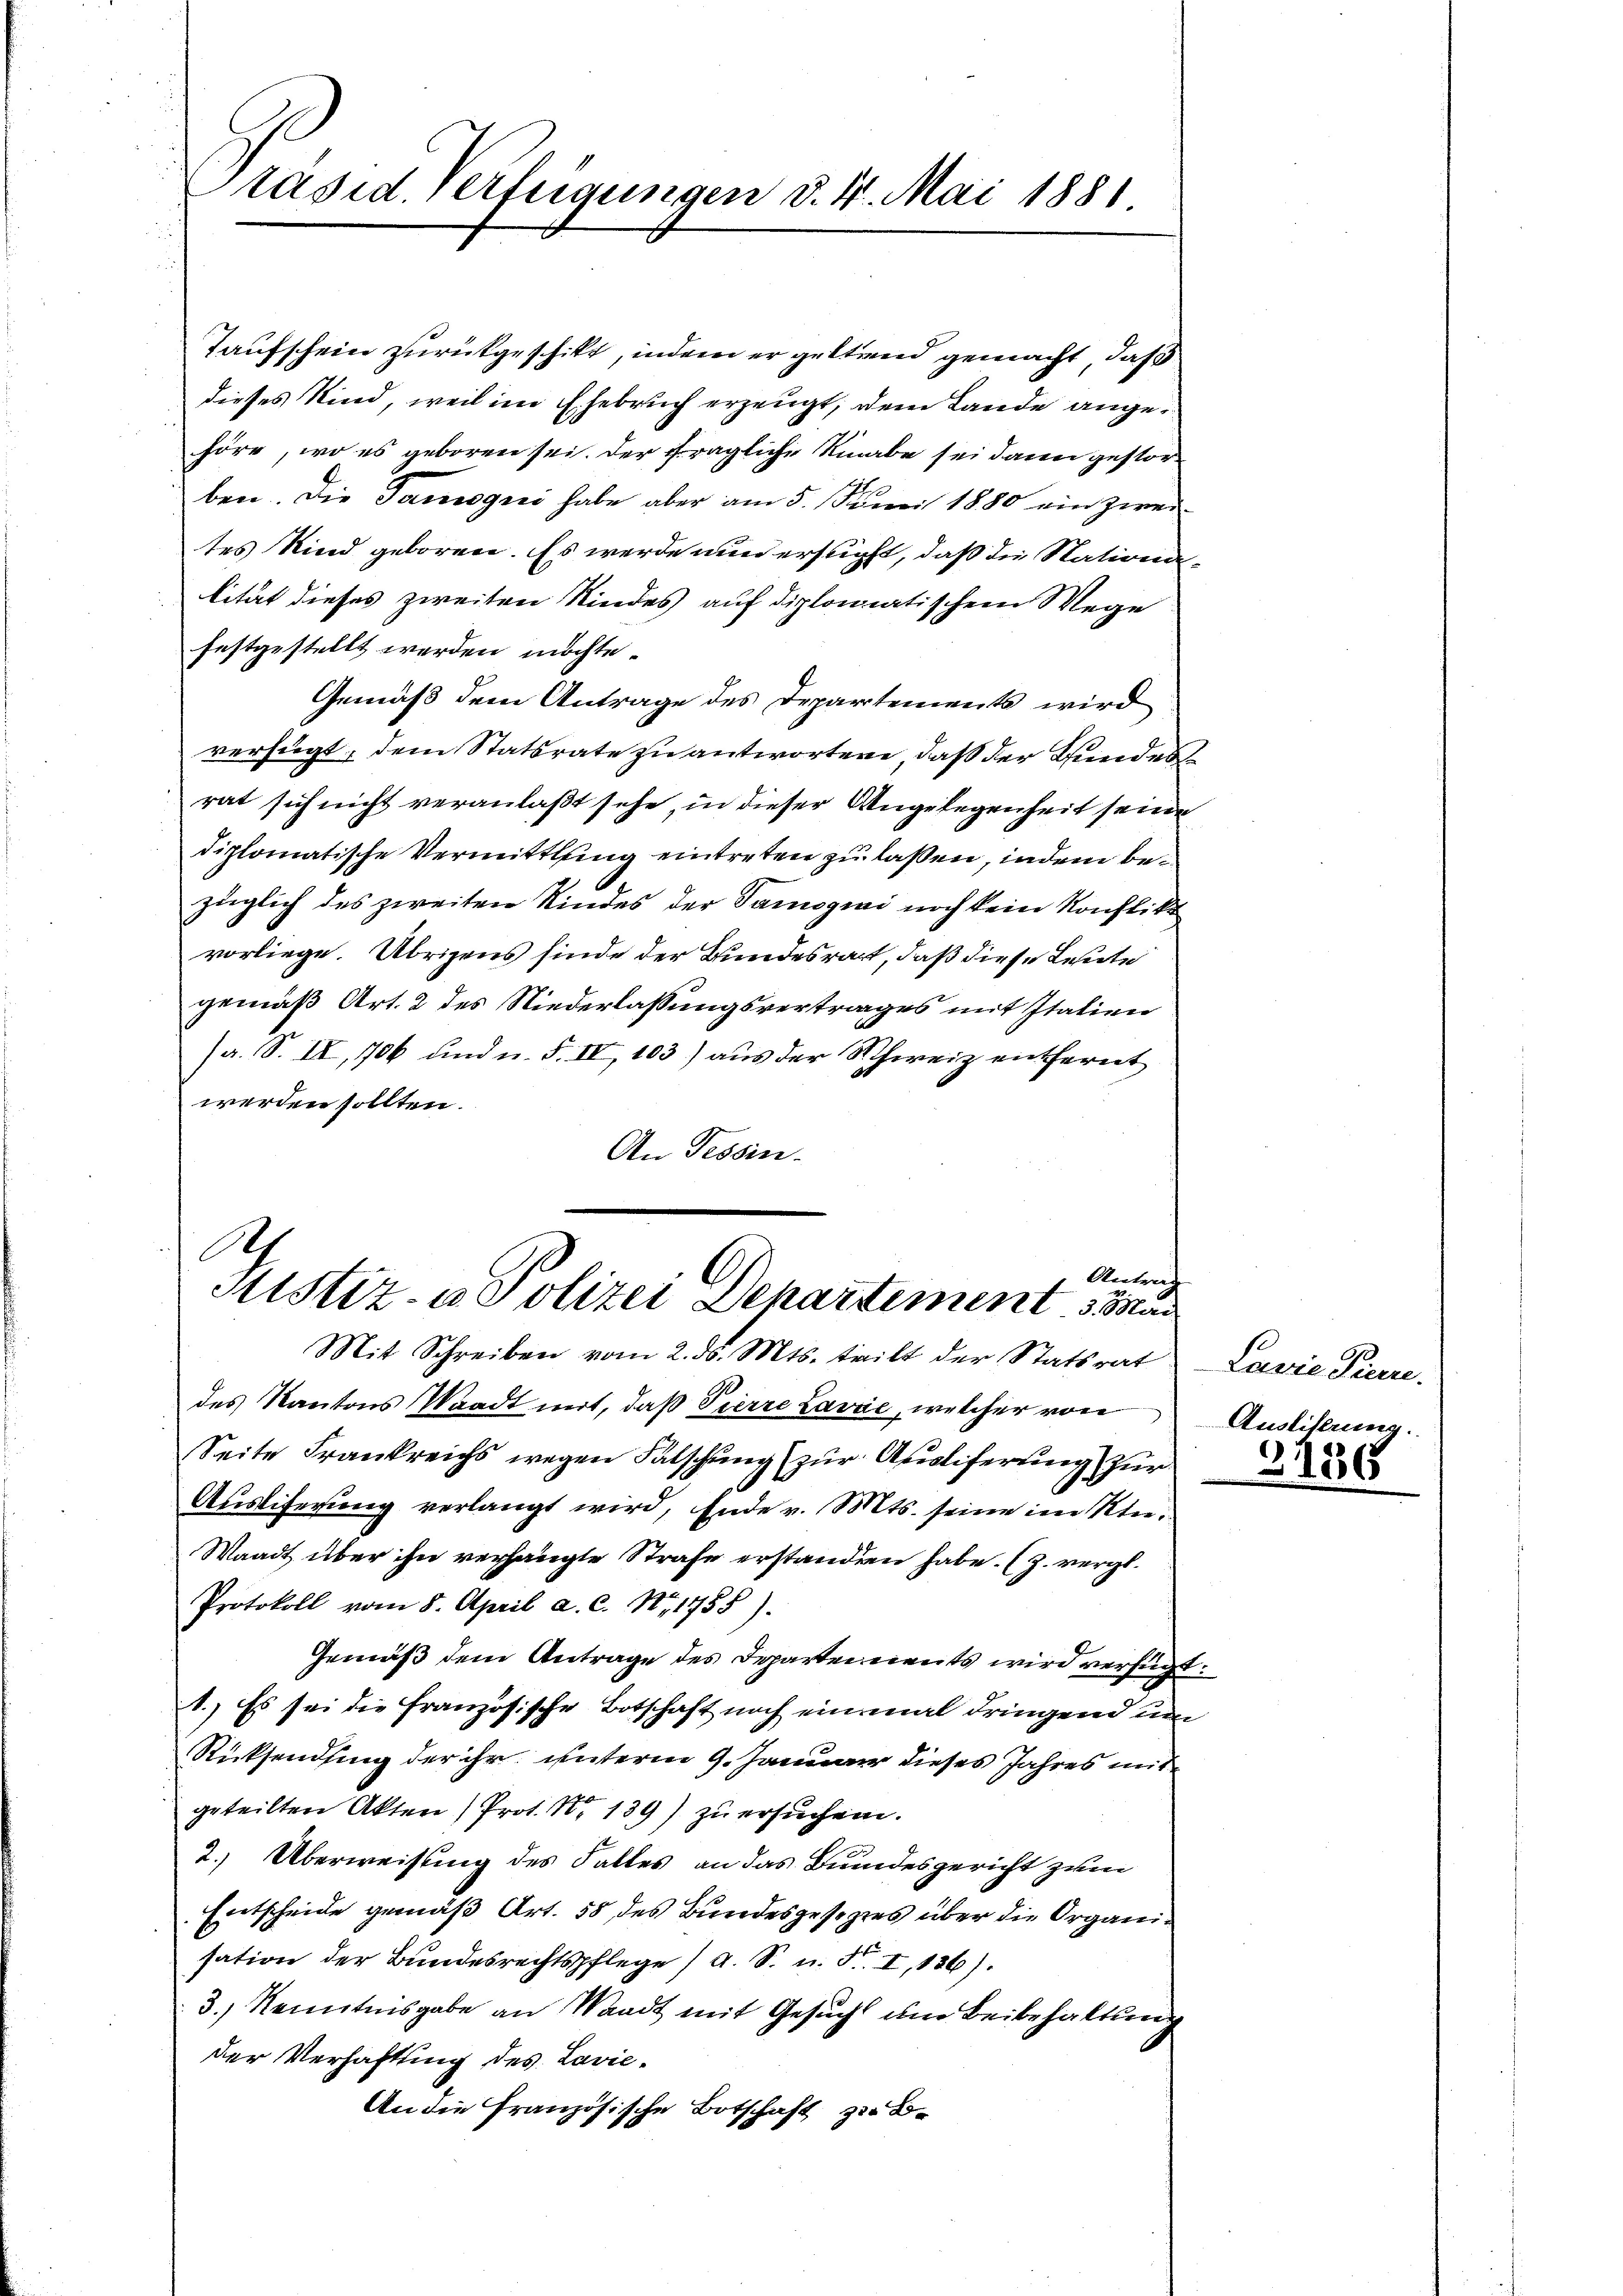
Präsid. Verfügungen d. 4. Mai 1881

Taufschein zurückgeschikt, indem er geltend gemacht, daß
dieses Kind, weil im Ehebruch erzeugt, dem Lande angehöre, wo es geboren sei. Der fragliche Knabe sei dann gestorben. Die Samogni habe aber am 5. Juni 1880 ein zweites Kind geboren. Es werde nun ersucht, daß die Stationalität dieses zweiten Kindes auf diplomatischem Wege
festgestellt werden möchte.
Gemäß dem Antrage des Departements wird
verfügt, dem Statsrate zu antwortere, daß der Bundesrat sich nicht veranlaßt sehe, in dieser Angelegenheit seine
diplomatische Vermittlung eintreten zu laßen, indem bezüglich des zweiten Kindes der Samogiai noch kein Konflikt
vorliege. Übrigens finde der Bundesrath, daß diese Leute
gemäß Art. 2 des Niederlassungsvertrages mit Italien
(a. S. IV, 1706 und u. S. IV, 103) aus der Schweiz entfernt
werden sollten.
An Tessin.

Ah
Antrag
Mistiz- u Polizei Departement 53 a

Mit Schreiben vom 2. ds. Mts. tritt der Statsrat Lavie Pierre.
des Kantons Waadt mit, daß Pierre Lavac, welcher von
Seite Frankreichs wegen Falschung (zur Ausliferung zur
Ausliferung verlangt wird, Ende v. Mts. seine im Nie¬
Waadt über ihn verhängte Strafe erstanden habe. (Z. vergl.
Protokoll vom 8. April a. c. N. 1755).
Gemäß dem Antrage des Departei ents wird verfügt:
1.) Es sei die Französische Botschaft noch einmal dringend um
Rücksendung der ihr unterm 9. Januar dieses Jahres mitgeteilten Akten Prot. Nr. 189) zu ersuchen.
2.) Überweisung des Falles an das Bundesgericht zum
Entscheide gemäß Art. 58 des Bundesgesezes über die Organisation der Bundesrechtspflege / A. S. u. F. II, 136).
3.) Kenntnisgabe an Waadt mit Gesuch um Beibehaltung
der Verhaftung des Lavić-
An die französische Botschaft zu B

Auslistung.

2136